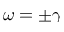
\omega = \pm \gamma